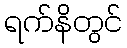
ရက်နိတွင်